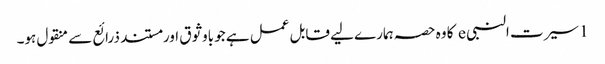
1 سیرت النبی e کا وہ حصہ ہمارے لیے قابل عمل ہے جو باوثوق اور مستند ذرائع سے منقول ہو۔